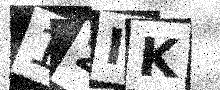
Text: 12IK